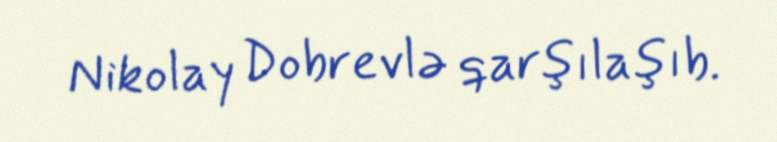
Nikolay Dobrevlə qarşılaşıb.